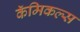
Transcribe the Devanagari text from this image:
कॅमिकल्स